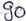
Text: 90